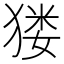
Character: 𤠋